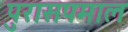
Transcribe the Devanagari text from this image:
पुरासपमाल